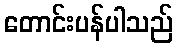
တောင်းပန်ပါသည်